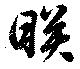
暎